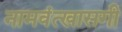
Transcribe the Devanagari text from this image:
नामवंत्खासगी